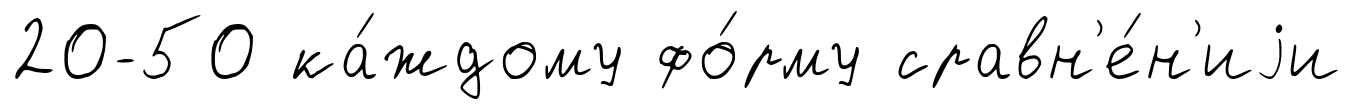
20-50 ка́ждому фо́рму сравн'е́н'иjи